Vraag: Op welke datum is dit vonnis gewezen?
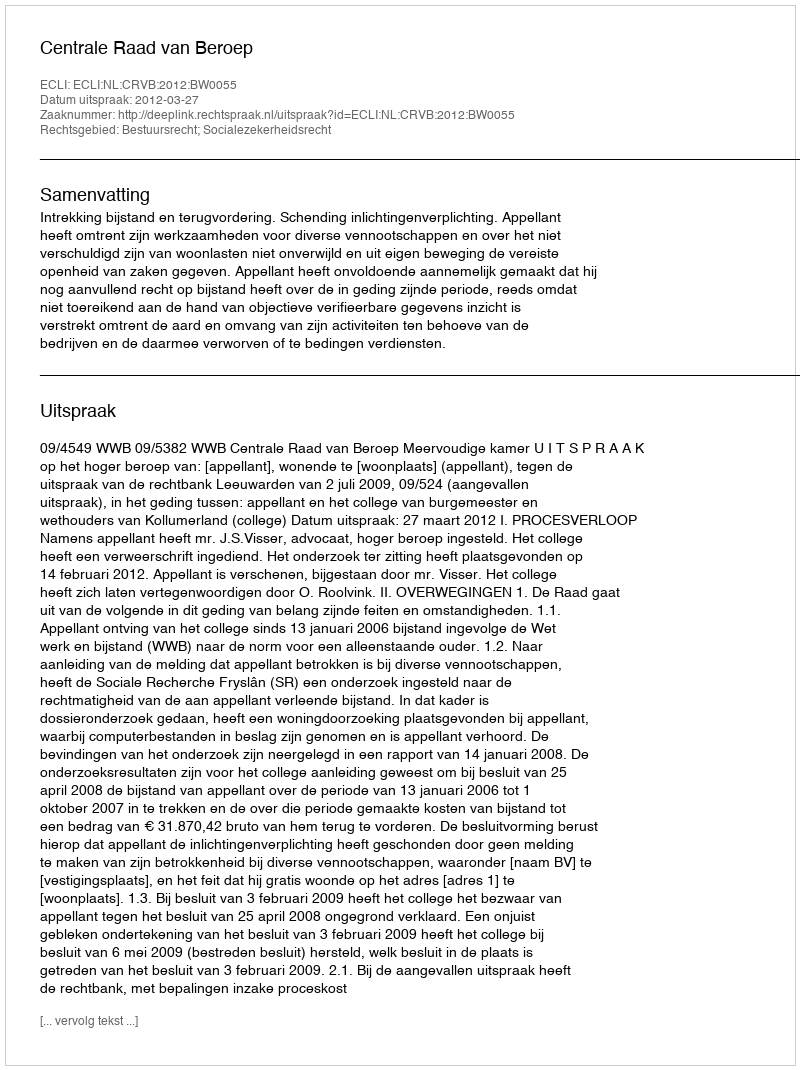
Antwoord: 2012-03-27